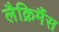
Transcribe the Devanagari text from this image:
लैक्रिमैंस